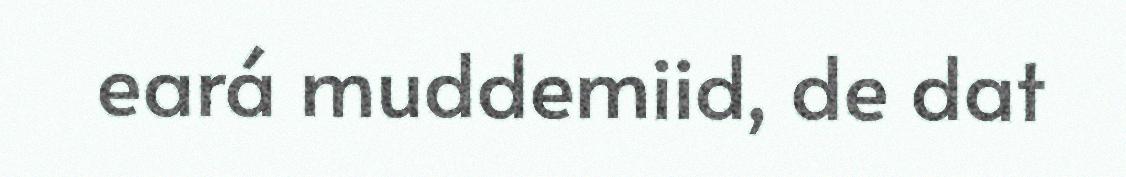
eará muddemiid, de dat